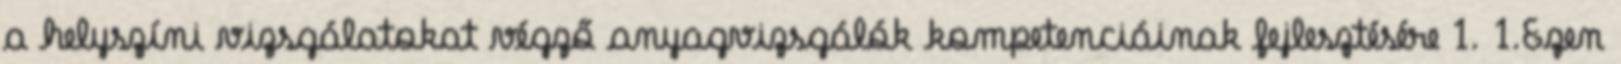
a helyszíni vizsgálatokat végző anyagvizsgálók kompetenciáinak fejlesztésére 1. 1.Ezen